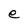
Character: e